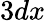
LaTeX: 3dx